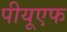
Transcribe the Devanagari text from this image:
पीयूएफ